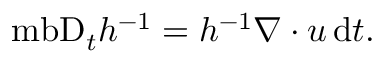
\mathrm { \ m b { D } } _ { t } h ^ { - 1 } = h ^ { - 1 } \boldsymbol { \nabla } \boldsymbol { \cdot } \boldsymbol { u } \, \mathrm { d } t .